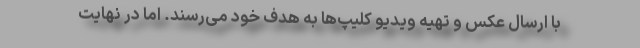
با ارسال عکس و تهیه ویدیو کلیپ‌ها به هدف خود می‌رسند. اما در نهایت